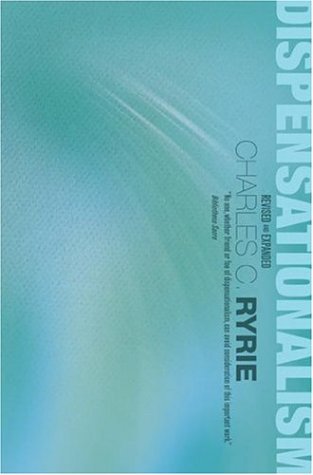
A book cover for Dispensationalism; Charles C. Ryrie; Christian Books & Bibles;